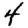
Digit: 4